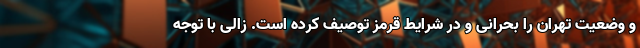
و وضعیت تهران را بحرانی و در شرایط قرمز توصیف کرده است. زالی با توجه